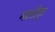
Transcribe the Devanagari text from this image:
भरतीपुर